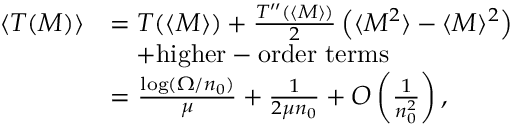
\begin{array} { r l } { \langle T ( M ) \rangle } & { = T ( \langle M \rangle ) + \frac { T ^ { \prime \prime } ( \langle M \rangle ) } { 2 } \left( \langle M ^ { 2 } \rangle - \langle M \rangle ^ { 2 } \right) } \\ & { \quad + \mathrm { h i g h e r - o r d e r ~ t e r m s } } \\ & { = \frac { \log ( \Omega / n _ { 0 } ) } { \mu } + \frac { 1 } { 2 \mu n _ { 0 } } + O \left( \frac { 1 } { n _ { 0 } ^ { 2 } } \right) , } \end{array}